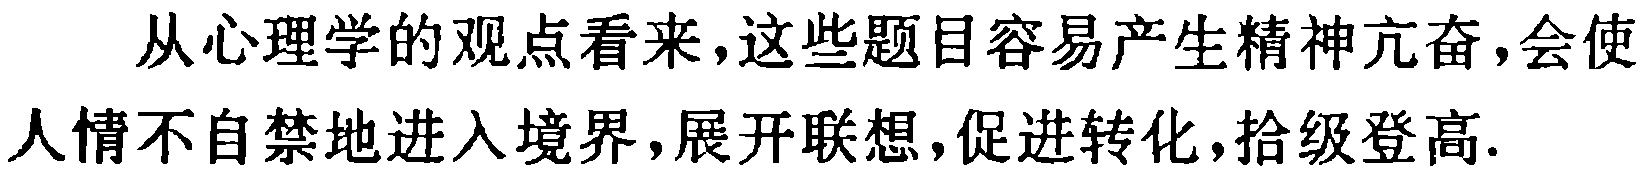
从心理学的观点看来，这些题目容易产生精神亢奋，会使人情不自禁地进入境界，展开联想，促进转化，拾级登高.